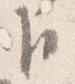
臣